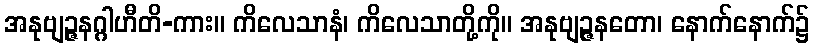
အနုဗျဉ္ဇနဂ္ဂါဟီတိ-ကား။ ကိလေသာနံ၊ ကိလေသာတို့ကို။ အနုဗျဉ္ဇနတော၊ နောက်နောက်၌